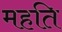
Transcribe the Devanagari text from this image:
महति